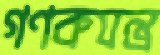
গণকযন্ত্র